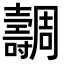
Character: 𡕐